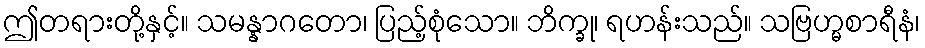
ဤတရားတို့နှင့်။ သမန္နာဂတော၊ ပြည့်စုံသော။ ဘိက္ခု၊ ရဟန်းသည်။ သဗြဟ္မစာရီနံ၊